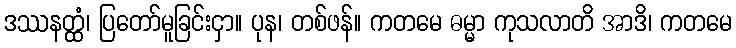
ဒဿနတ္ထံ၊ ပြတော်မူခြင်းငှာ။ ပုန၊ တစ်ဖန်။ ကတမေ ဓမ္မာ ကုသလာတိ အာဒိ၊ ကတမေ